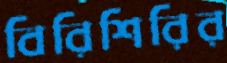
বিরিশিরির